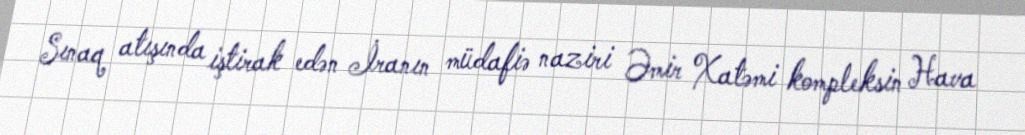
Sınaq atışında iştirak edən İranın müdafiə naziri Əmir Xatəmi kompleksin Hava